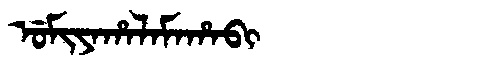
Manchu: ᡠᠮᡳᠶᠠᡥᠠᠯᠠᠮᠠᡥᠠᠪᡳ
Romanization: UMIYAHALAMAHABI